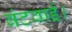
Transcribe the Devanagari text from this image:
बंटवाई।